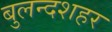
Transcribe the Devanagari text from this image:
बुलन्‍दशहर